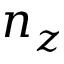
n _ { z }